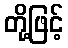
တို့ဖြင့်